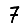
Digit: 7